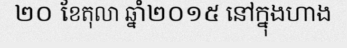
២០ ខែតុលា ឆ្នាំ២០១៥ នៅក្នុងហាង